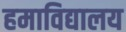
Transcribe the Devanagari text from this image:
हमाविद्यालय